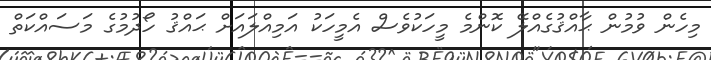
މިހެން ވުމުން ޙާއްޤުގެއްލޭ ކޮންމެ މީހަކުވެސް އެމީހަކު އަމިއްލައަށް ޙައްޤު ހޯދުމުގެ މަސައްކަތް